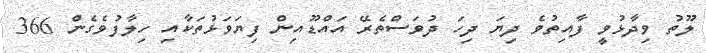
ލޫތު ވިދާޅުވީ ފާއިތުވެ ދިޔަ ދިހަ ދުވަސްތެރޭ އައްޑޫއިން ފިޔަވަޅުތަކާއި ހިލާފުވެގެން 366